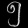
Digit: ၅